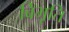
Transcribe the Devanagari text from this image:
बिभूति